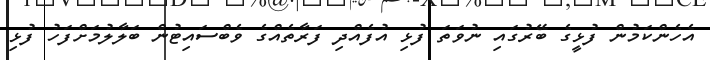
އެހެންކަމުން ފުޅީގެ ބޭރުގައި ނުވަތަ ފުޅި އުފެއްދި ފަރާތެއްގެ ވެބްސައިޓުން ބަލާލުމަށްފަހު ފުޅި